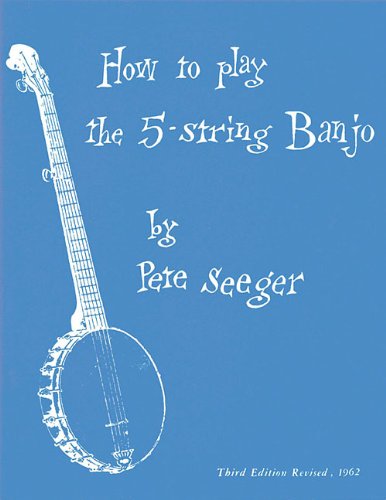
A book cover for How To Play The 5-String Banjo (Music Sales America); Pete Seeger; Arts & Photography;